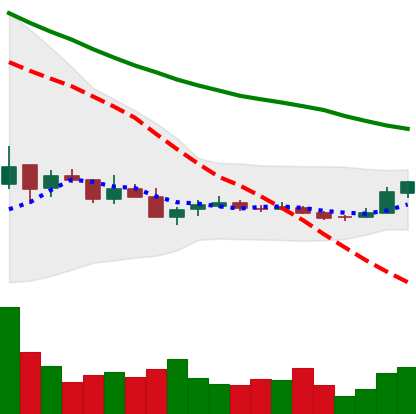
Ticker: TRX-USD
Chart end date: 2018-12-18
Forward return: 40.995%
Label: up_7plus